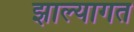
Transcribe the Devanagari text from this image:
झाल्यागत